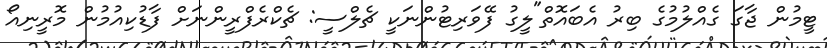
ޓީމުން ޖާގަ ގެއްލުމުގެ ބިރު އެބައޮތް"ލީގު ފޭވަރިޓުންނަކީ ޗެލްސީ: ޗެކްރެފްރީންނަށް ފާޑުކިއުމުން މޮރީނިއޯ